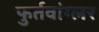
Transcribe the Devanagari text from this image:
फुर्तवांग्लर